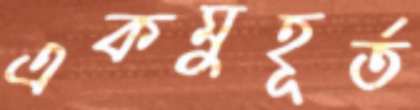
একমুহূর্ত